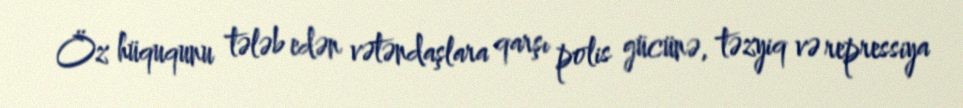
Öz hüququnu tələb edən vətəndaşlara qarşı polis gücünə, təzyiq və repressiya